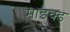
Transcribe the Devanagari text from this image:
माइक्ड